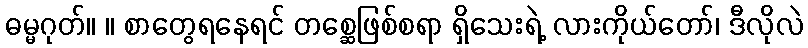
ဓမ္မဂုတ်။ ။ စာတွေရနေရင် တစ္ဆေဖြစ်စရာ ရှိသေးရဲ့ လားကိုယ်တော်၊ ဒီလိုလဲ